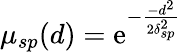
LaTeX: \mu_{sp}(d)=\mathrm{e}^{-\frac{{-d^{2}}}{{2\delta_{sp}^{2}}}}